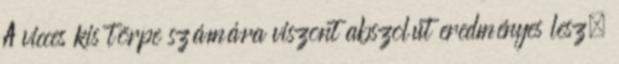
A vicces kis törpe számára viszont abszolút eredményes lesz.